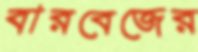
বারবেজের